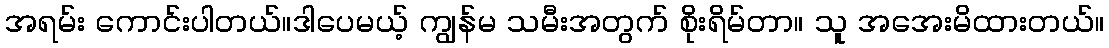
အရမ်း ကောင်းပါတယ်။ဒါပေမယ့် ကျွန်မ သမီးအတွက် စိုးရိမ်တာ။ သူ အအေးမိထားတယ်။